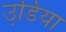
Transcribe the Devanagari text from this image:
उडि़या